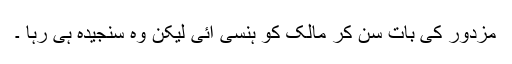
مزدور کی بات سن کر مالک کو ہنسی آئی لیکن وہ سنجیدہ ہی رہا ۔